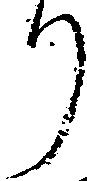
り